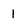
Character: 1